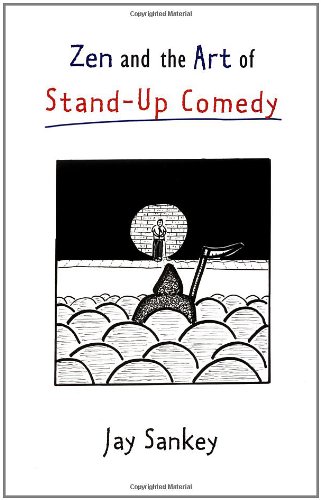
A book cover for Zen and the Art of Stand-Up Comedy; Jay Sankey; Humor & Entertainment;